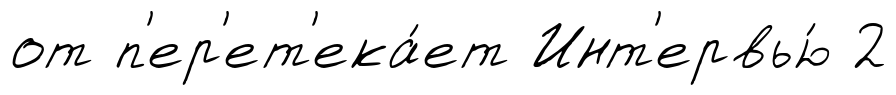
от п'ер'ет'ека́ет Инт'ервью́ 2